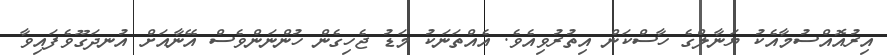
އިރުއޮއްސުމާއެކު ޔަނާލްގެ ހާސްކަން އިތުރުވިއެވެ. އެއްތަނަކު މަޑު ޖެހިގެން ހުންނަންވެސް އޭނާއަށް އުނދަގޫވެފައިވާ